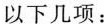
以下几项：